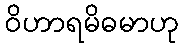
ဝိဟာရမိဓမာဟု